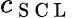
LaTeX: c_{\mathrm{~S~C~L~}}